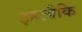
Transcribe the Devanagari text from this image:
इहलौकि